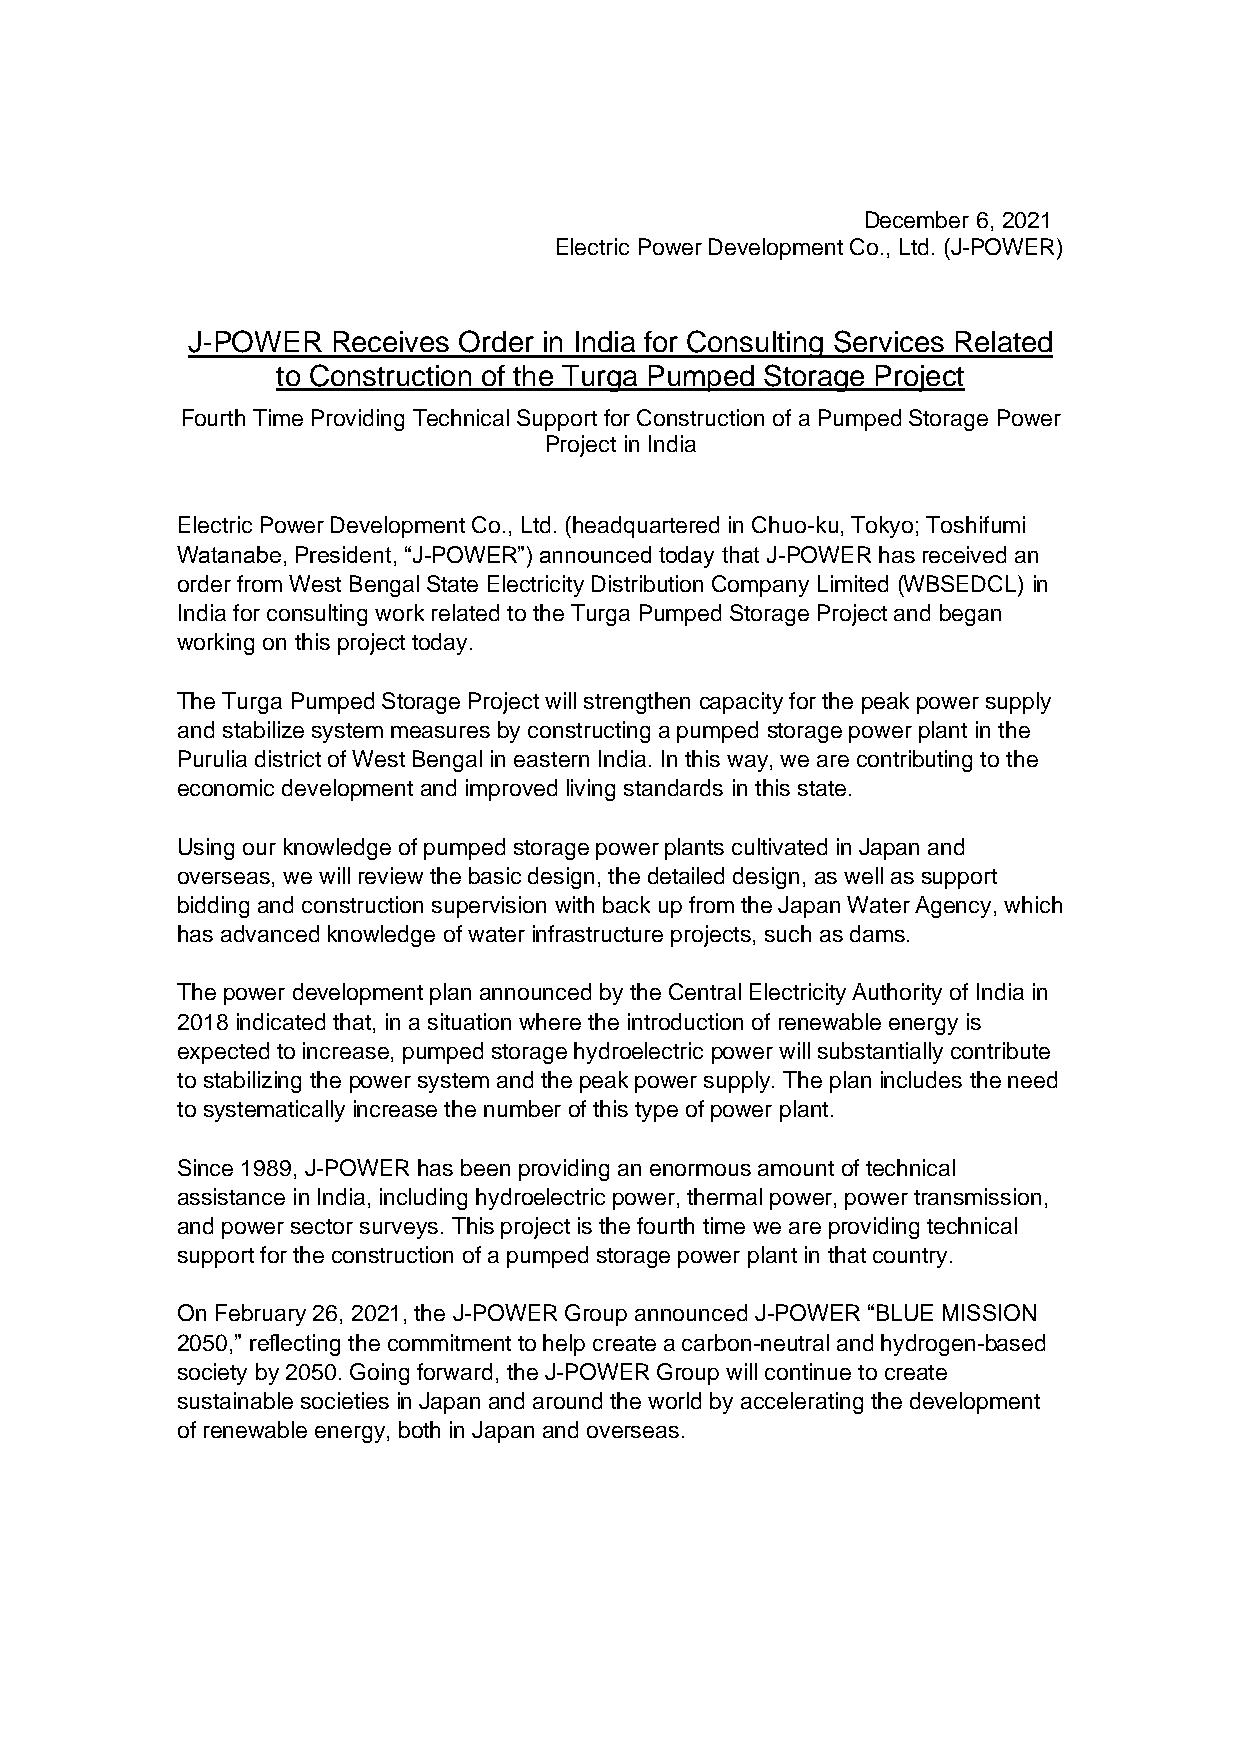
December 6, 2021
 Electric Power Development Co., Ltd. (J-POWER)
 J-POWER   Receives Order in India for Consulting Services Related
 to Construction of the Turga Pumped Storage Project
 Fourth Time Providing Technical Support for Construction of a Pumped Storage Power
 Project in India
 Electric Power Development Co., Ltd. (headquartered in Chuo-ku, Tokyo; Toshifumi
 Watanabe, President, “J-POWER”) announced today that J-POWER has received an
 order from West Bengal State Electricity Distribution Company Limited (WBSEDCL) in
 India for consulting work related to the Turga Pumped Storage Project and began
 working on this project today.
 The Turga Pumped Storage Project will strengthen capacity for the peak power supply
 and stabilize system measures by constructing a pumped storage power plant in the
 Purulia district of West Bengal in eastern India. In this way, we are contributing to the
 economic development and improved living standards in this state.
 Using our knowledge of pumped storage power plants cultivated in Japan and
 overseas, we will review the basic design, the detailed design, as well as support
 bidding and construction supervision with back up from the Japan Water Agency, which
 has advanced knowledge of water infrastructure projects, such as dams.
 The power development plan announced by the Central Electricity Authority of India in
 2018 indicated that, in a situation where the introduction of renewable energy is
 expected to increase, pumped storage hydroelectric power will substantially contribute
 to stabilizing the power system and the peak power supply. The plan includes the need
 to systematically increase the number of this type of power plant.
 Since 1989, J-POWER has been providing an enormous amount of technical
 assistance in India, including hydroelectric power, thermal power, power transmission,
 and power sector surveys. This project is the fourth time we are providing technical
 support for the construction of a pumped storage power plant in that country.
 On February 26, 2021, the J-POWER Group announced J-POWER “BLUE MISSION
 2050,” reflecting the commitment to help create a carbon-neutral and hydrogen-based
 society by 2050. Going forward, the J-POWER Group will continue to create
 sustainable societies in Japan and around the world by accelerating the development
 of renewable energy, both in Japan and overseas.